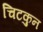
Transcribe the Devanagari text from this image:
चिटकुन